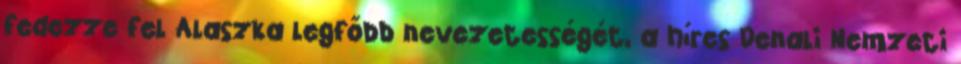
fedezze fel Alaszka legfőbb nevezetességét, a híres Denali Nemzeti